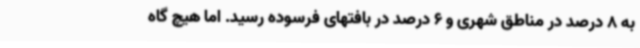
به 8 درصد در مناطق شهری و 6 درصد در بافتهای فرسوده رسید. اما هیچ گاه